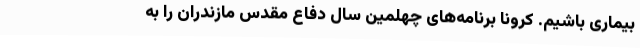
بیماری باشیم. کرونا برنامه‌های چهلمین سال دفاع مقدس مازندران را به